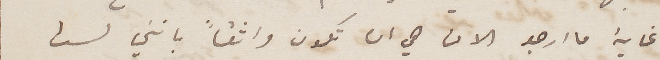
غاية ما ارجو الان هي ان تكون واثقاً بانني لست